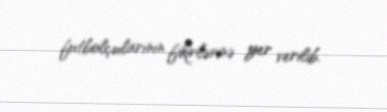
futbolçularının fikirlərinə yer verilib.